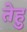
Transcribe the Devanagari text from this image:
तेहु